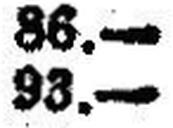
93.—